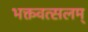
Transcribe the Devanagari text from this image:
भक्तवत्सलम्